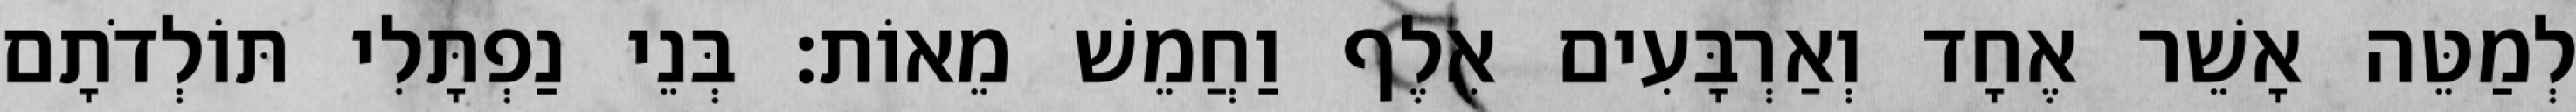
לְמַטֵּה אָשֵׁר אֶחָד וְאַרְבָּעִים אֶלֶף וַחֲמֵשׁ מֵאוֹת׃ בְּנֵי נַפְתָּלִי תּוֹלְדֹתָם